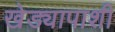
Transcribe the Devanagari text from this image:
खेड्यापाशी